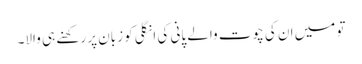
تو میں ان کی چوت والے پانی کی انگلی کو زبان پر رکھنے ہی والا۔